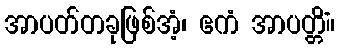
အာပတ်တခုဖြစ်အံ့၊ ဧကံ အာပတ္တိံ။